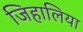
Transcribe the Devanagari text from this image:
जिहालिया